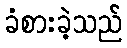
ခံစားခဲ့သည်